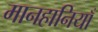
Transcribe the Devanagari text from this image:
मानहानियाँ